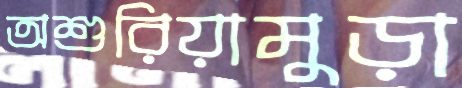
অশুরিয়ামুড়া